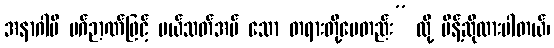
အနာဂါမိ မဂ်ဉာဏ်ဖြင့် ပယ်သတ်အပ် သော တရားတို့ပေတည်း” လို့ မိန့်ဆိုထားပါတယ်၊